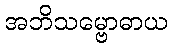
အဘိသမ္ဗောဓာယ